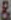
&